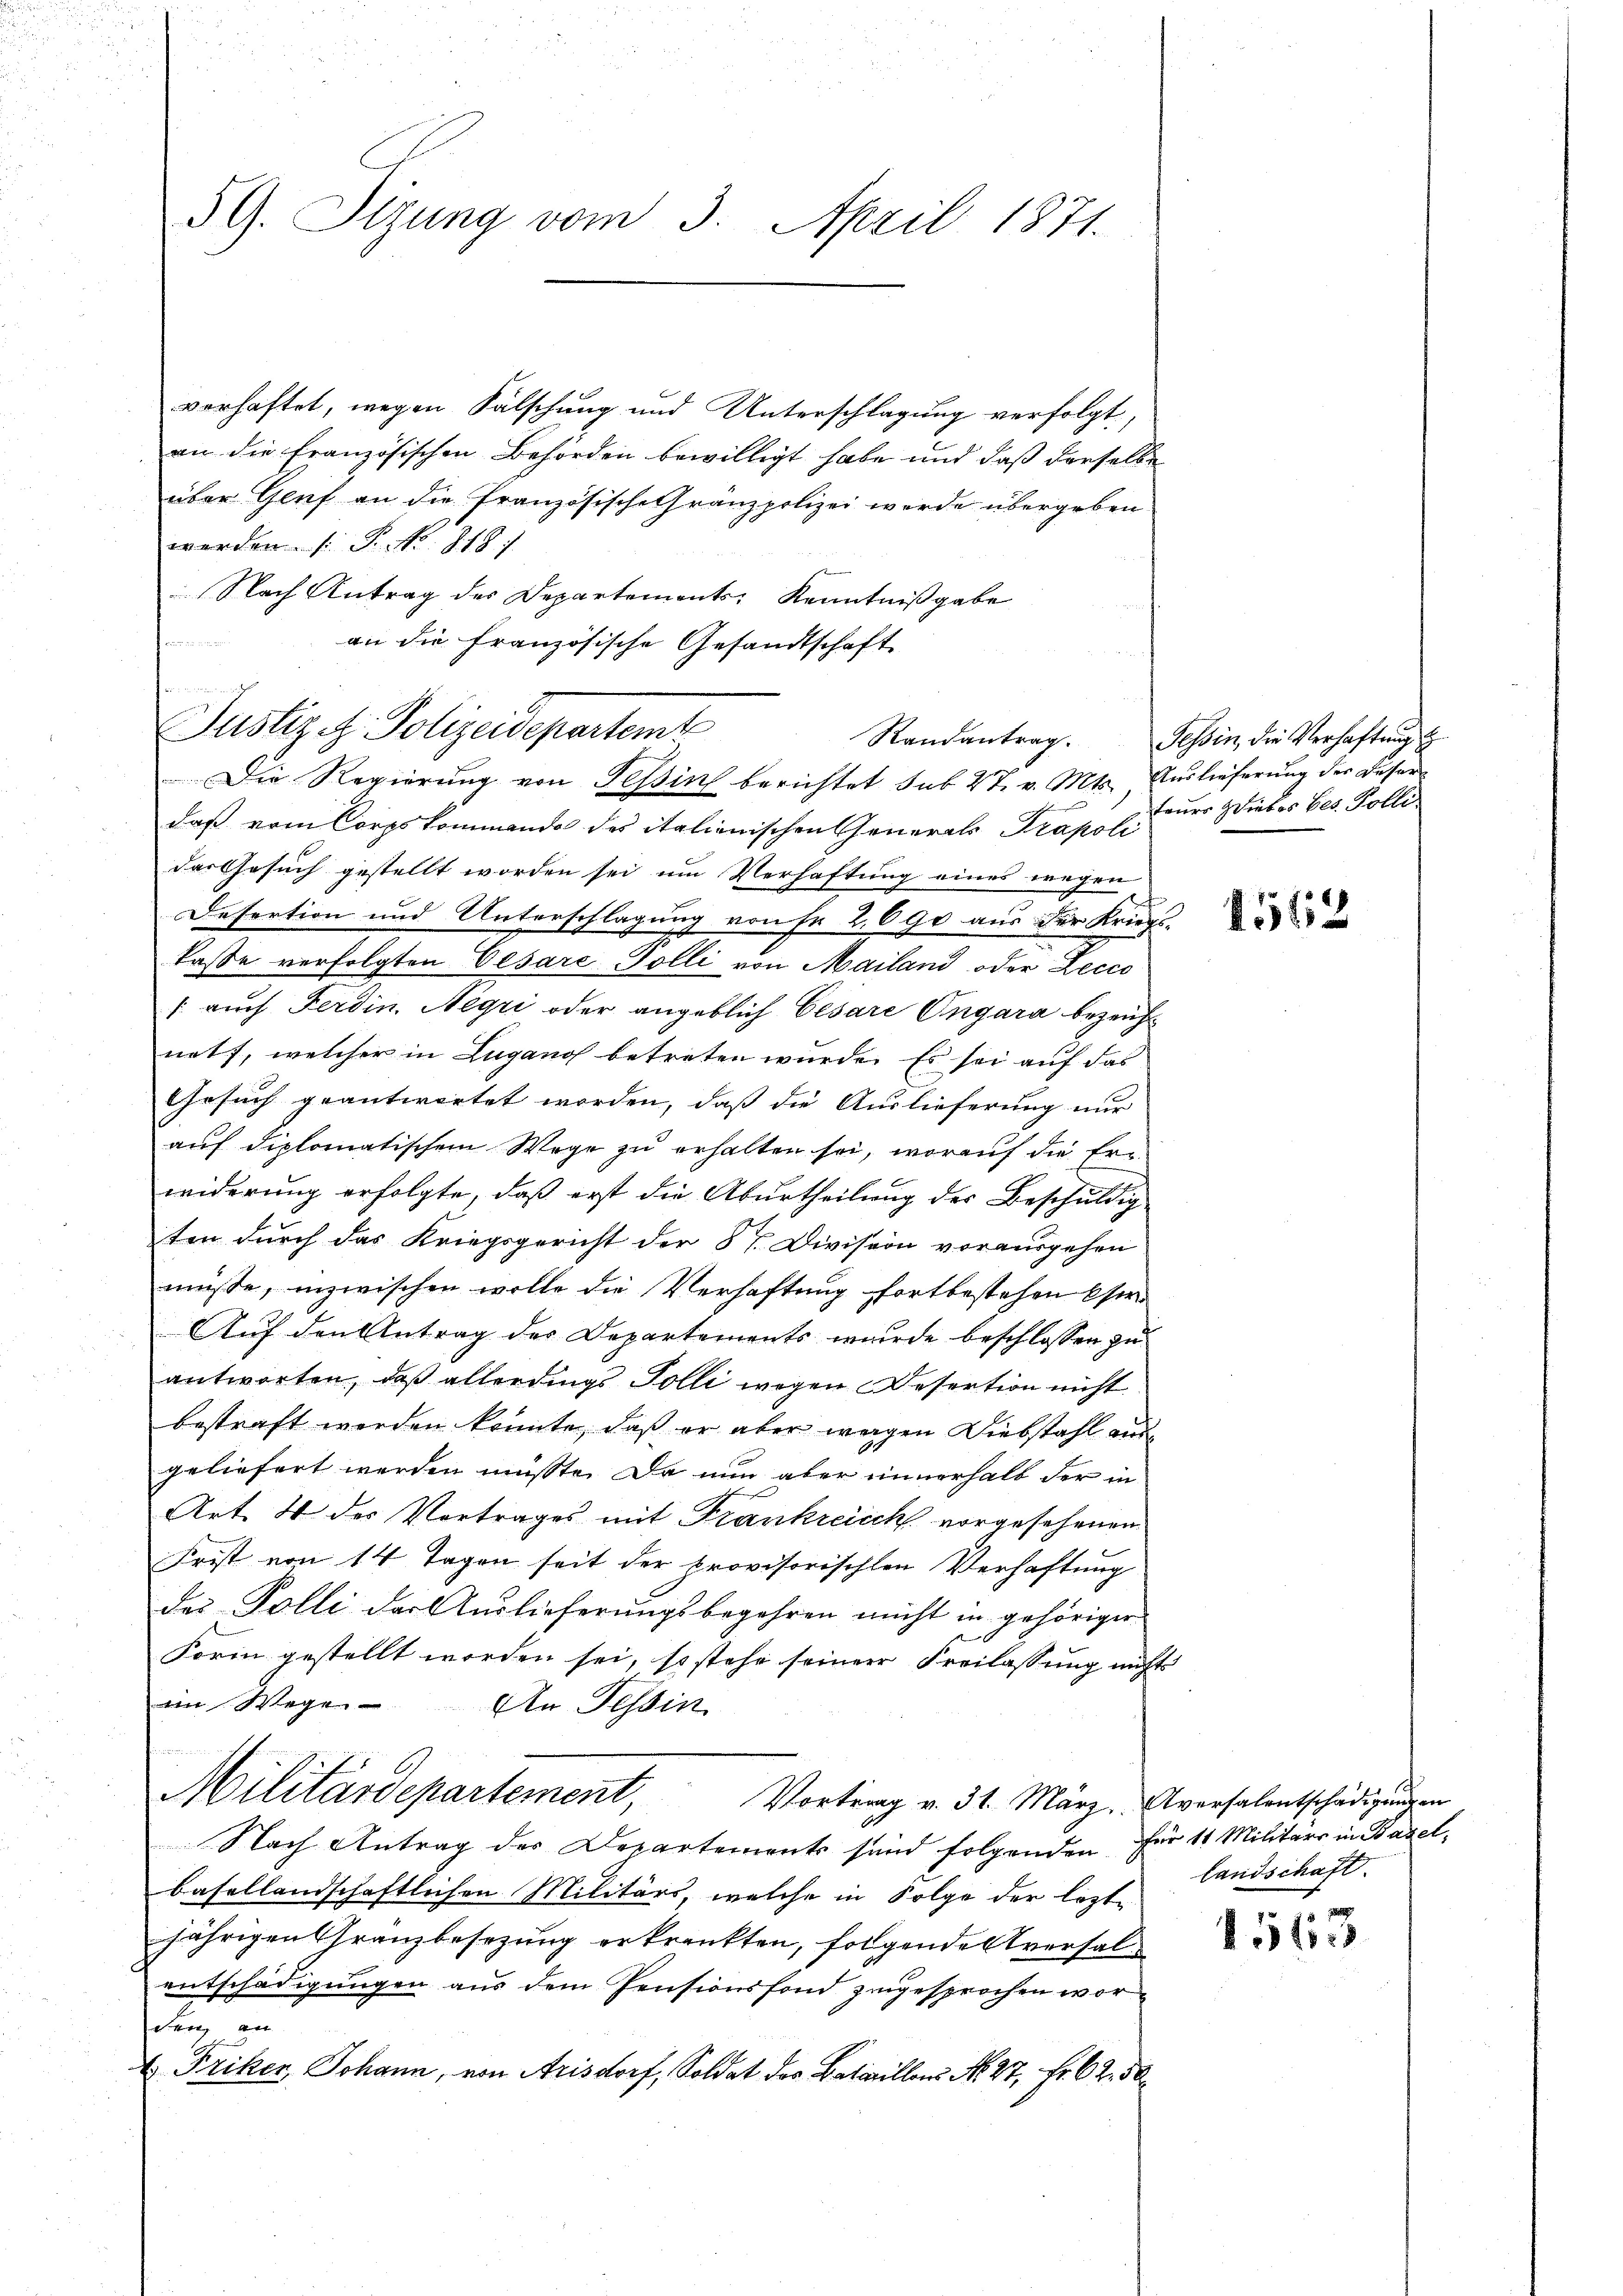
59. Sizung vom 3. April 1871.

verhaftet, wegen Fälschung und Unterschlagung verfolgt,
an die Französischen Behörden bewilligt habe und daß derselbe
über Genf an die französische Gränzpolizei werde übergeben
werden. /: P. No. 819.
Nach Antrag des Departements, Kenntnißgabe

an die französische Gesandtschaft
daß vom Corpskommando des italienischen Generals Prapoli
das Gesuch gestellt worden sei um Verhaftung eines wegen
Desertion und Unterschlagung von Fr. 2690 aus der Kriegslasse verfolgten Cesare Polli von Mailand oder Lecco
" auch Ferdin. Negri oder angeblich Cesare Ungara bezeichnet, welcher in Lugano betreten würde. Es sei auf das
Gesuch geantwortet worden, daß die Auslieferung nur
auf diplomatischem Wege zu erhalten sei, worauf die Erwiderung erfolgte, daß erst die Aburtheilung des Beschuldig
ten durch das Kriegsgericht der St. Division vorausgehen
müsse, inzwischen wolle die Verhaftung fortbestehen se
Auf den Antrag des Departements wurde beschlossen zu
antworten, daß allerdings Solli wegen Desertion nicht
bestraft werden könnte, daß er aber wegen Diebstahl ausgeliefert werden müsste. Da nun aber innerhalb der in
Art. 4 des Vertrages mit Frankreich vorgesehenen
Frist von 14 Tagen seit der provisorischen Verhaftung
das Polli der Auslieferungsbegehren nicht in gehöriger
Form gestellt worden sei, so stehe seiner Freilassung nichts
im Wege. An Tessin
Militärdepartement, Vortrag v. 31. März. Aversalentschädigŭngen
Nach Antrag der Departements sind folgenden für 11 Militärs in Basel,
basellandschaftlichen Militärs, welche in Folge der lezte
jährigen Granzbesezung erkrankten, folgendes versalentschädigungen aus dem Pensionsfond zugesprochen worden an
 Friker, Johann, von Arisdorf, Soldat des Bataillons No. 27, Fr. 62. 50.

wenn in in di
Justiz z. Polizeidepartemt
Die Regierŭng von Tessin berichtet sub 27. v. Mts. Auslieferŭng der Besor¬

Randantrag. Tessin, die Verhaftung
teurs Hiebes bes. Polli

1562

Landschaft.

1567